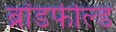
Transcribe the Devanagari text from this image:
ब्रॉडफील्ड